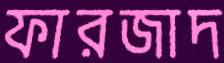
ফারজাদ